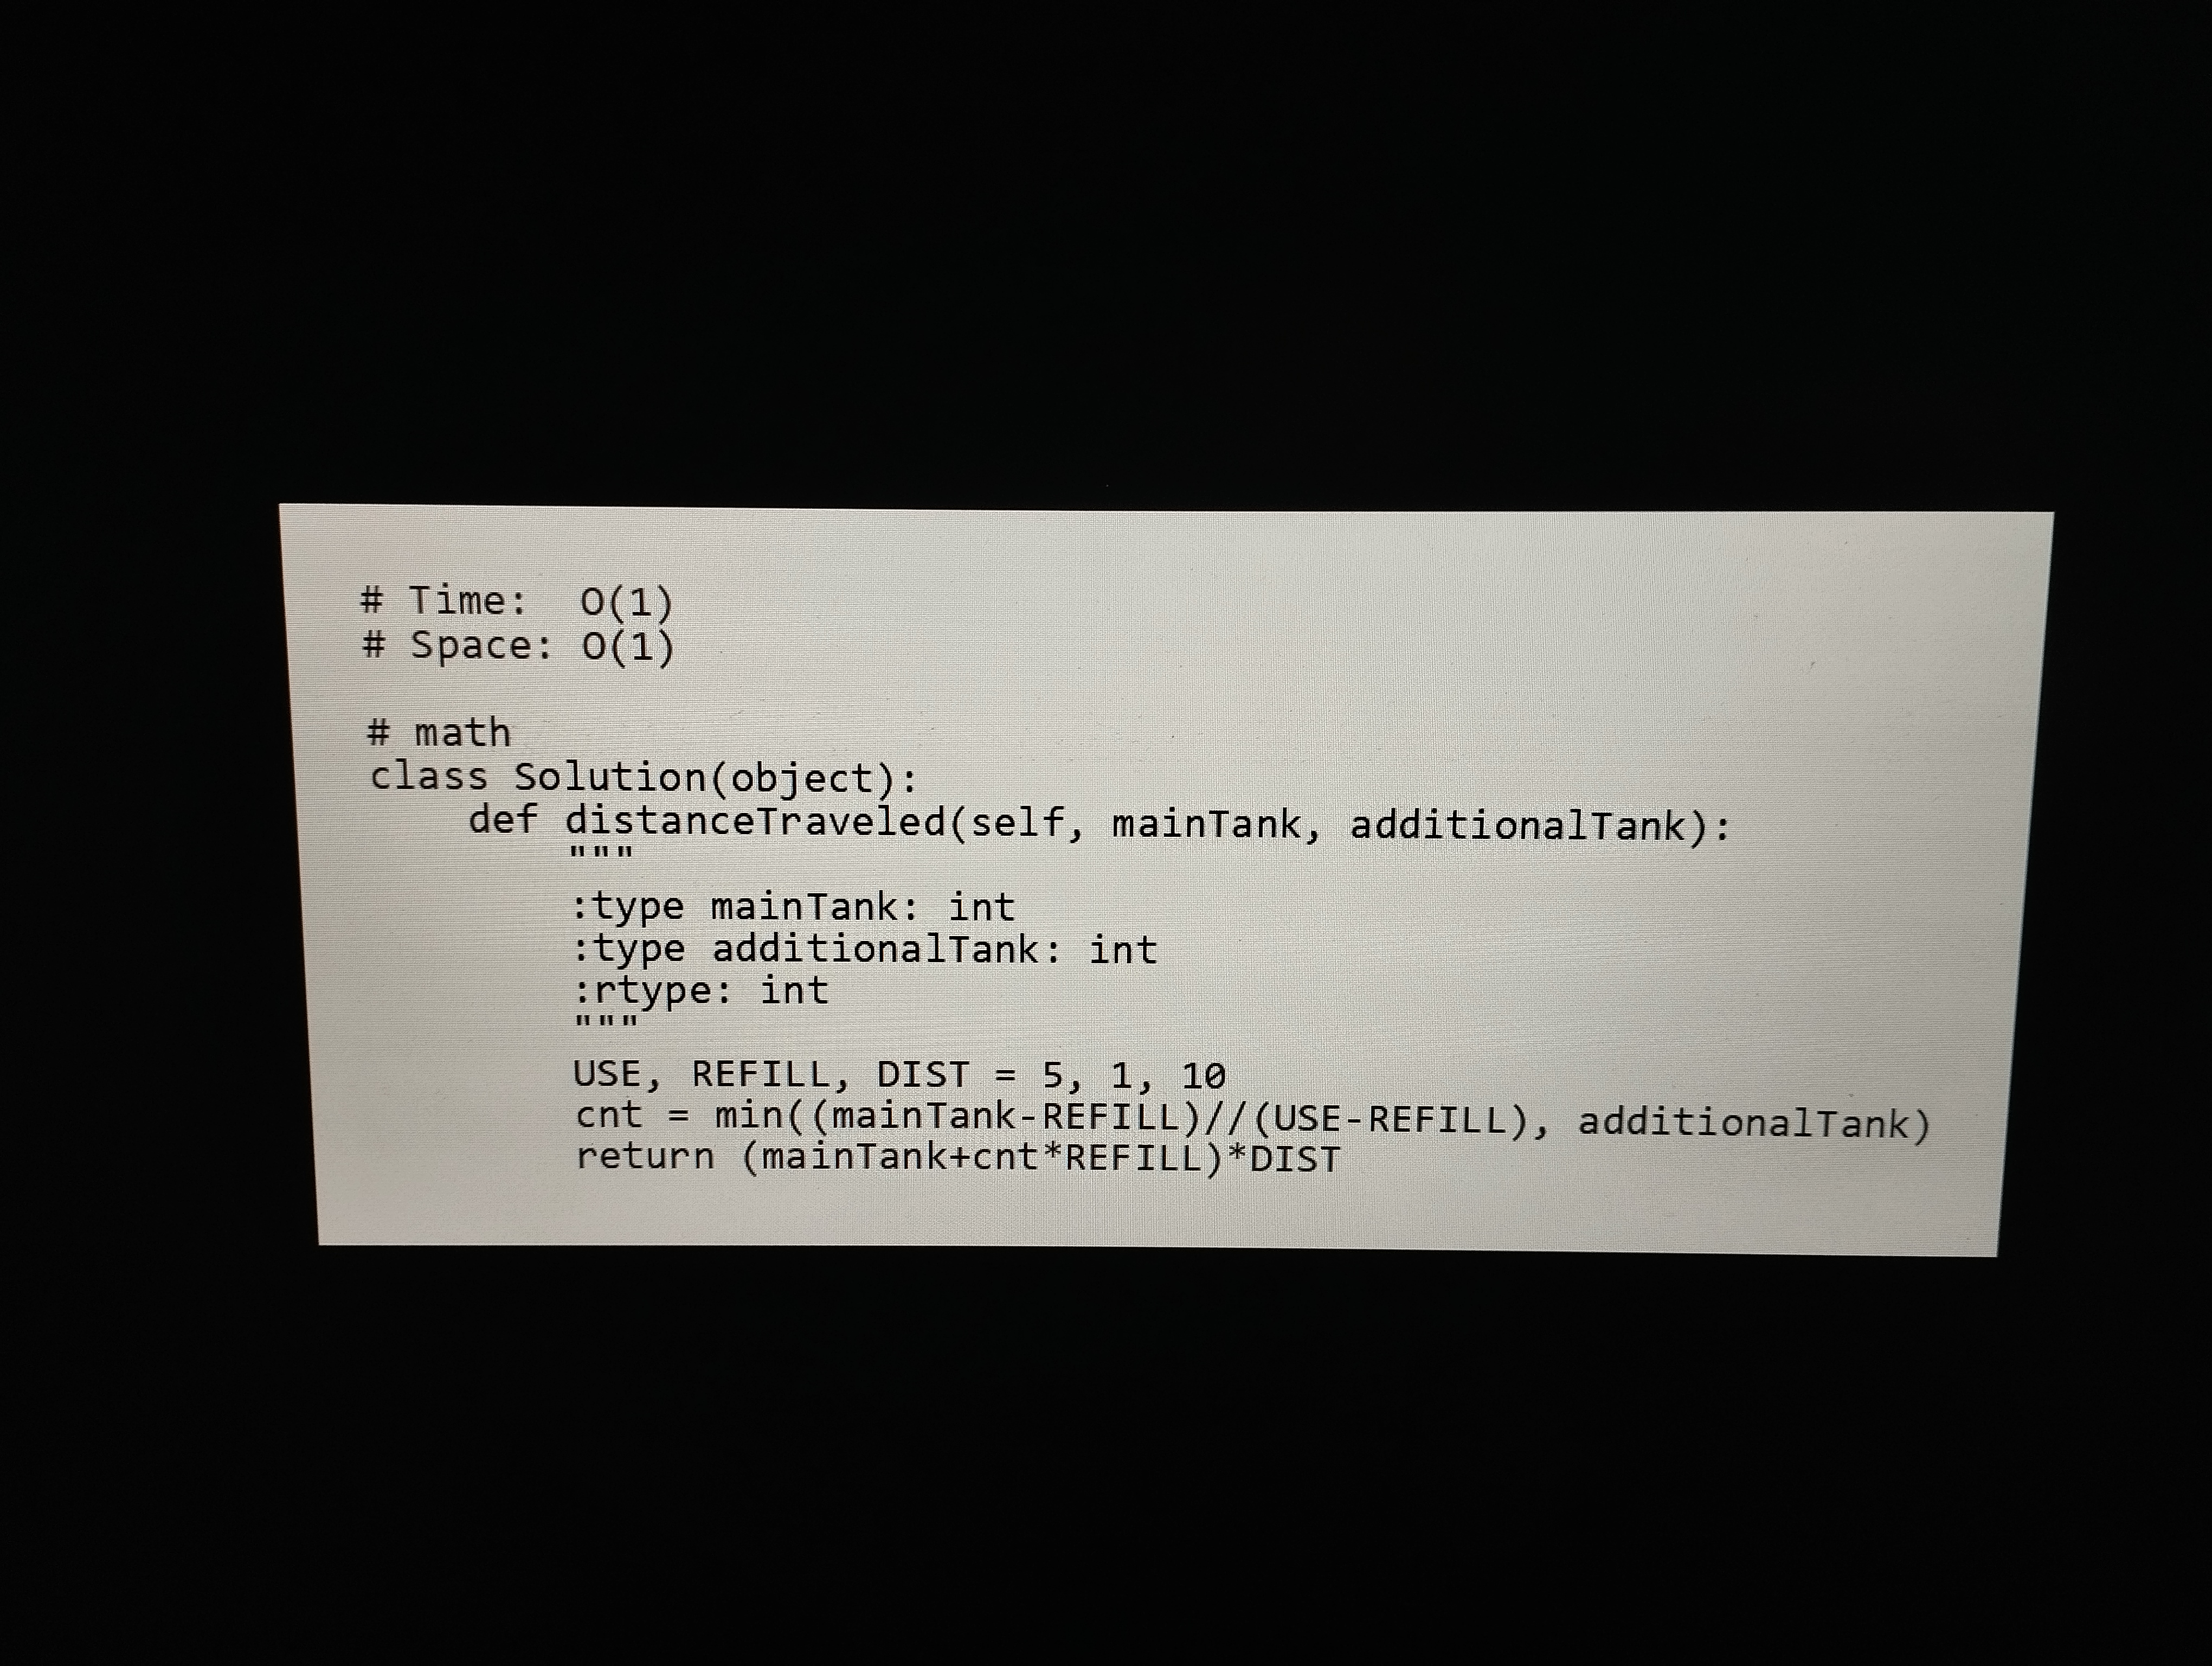
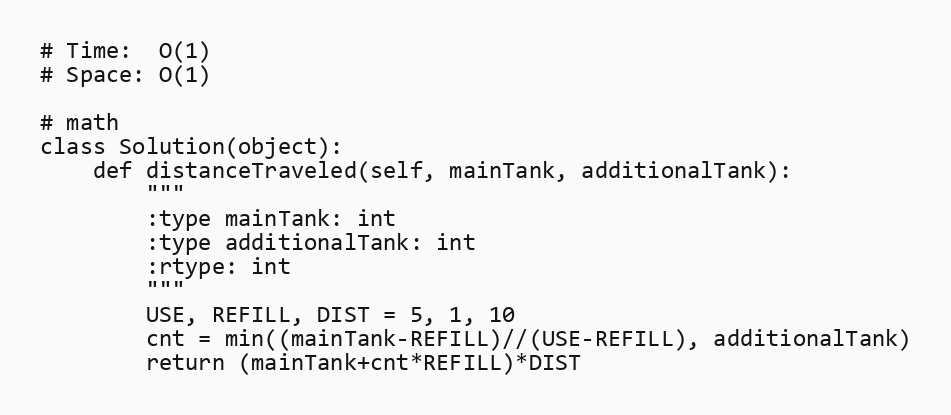
# Time:  O(1)
# Space: O(1)

# math
class Solution(object):
    def distanceTraveled(self, mainTank, additionalTank):
        """
        :type mainTank: int
        :type additionalTank: int
        :rtype: int
        """
        USE, REFILL, DIST = 5, 1, 10
        cnt = min((mainTank-REFILL)//(USE-REFILL), additionalTank)
        return (mainTank+cnt*REFILL)*DIST